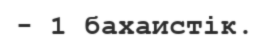
- 1 бахаистік.